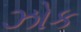
ઝોક